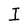
Character: I